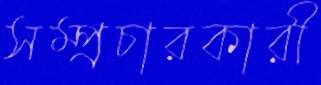
সম্প্রচারকারী